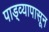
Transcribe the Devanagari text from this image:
पाड्व्यापासून